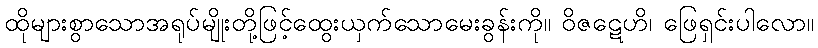
ထိုများစွာသောအရုပ်မျိုးတို့ဖြင့်ထွေးယှက်သောမေးခွန်းကို။ ဝိဇဋေဟိ၊ ဖြေရှင်းပါလော။